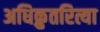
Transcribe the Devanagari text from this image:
अधिक्रुतरित्या